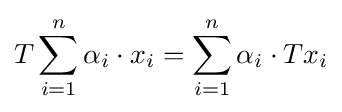
T\sum _{i=1}^{n}{\alpha _{i}\cdot x_{i}}=\sum _{i=1}^{n}{\alpha _{i}\cdot Tx_{i}}